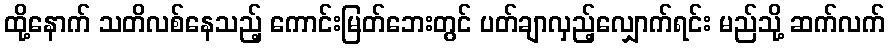
ထို့နောက် သတိလစ်နေသည့် ကောင်းမြတ်ဘေးတွင် ပတ်ချာလှည့်လျှောက်ရင်း မည်သို့ ဆက်လက်